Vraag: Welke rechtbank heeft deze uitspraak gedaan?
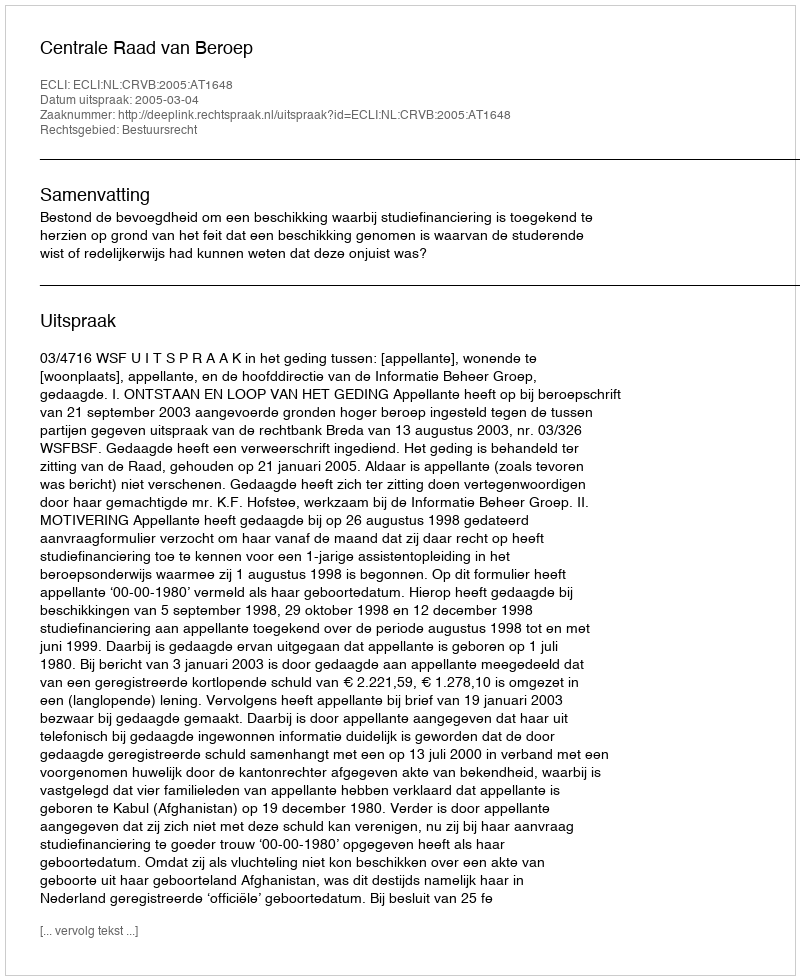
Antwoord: Centrale Raad van Beroep